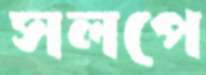
সলপে